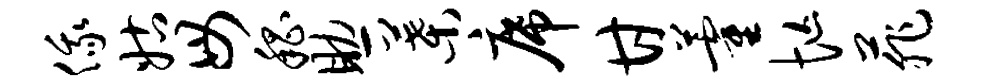
俄姑毋嵇助叶席甘藿忙菲